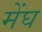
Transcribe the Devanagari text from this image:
मेंघ